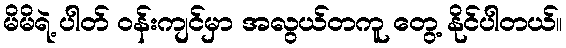
မိမိရဲ့ ပါတ် ဝန်းကျင်မှာ အလွယ်တကူ တွေ့ နိုင်ပါတယ်။